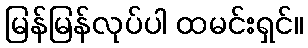
မြန်မြန်လုပ်ပါ ထမင်းရှင်။